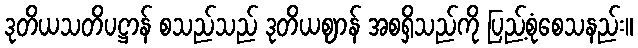
ဒုတိယသတိပဋ္ဌာန် စသည်သည် ဒုတိယဈာန် အစရှိသည်ကို ပြည့်စုံစေသနည်း။